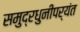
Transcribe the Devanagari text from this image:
समुद्रधुनीपर्यंत